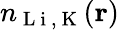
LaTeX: n_{\mathrm{~L~i~,~K~}}(\textbf{r})